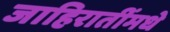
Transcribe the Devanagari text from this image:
जाहिरातींमधे